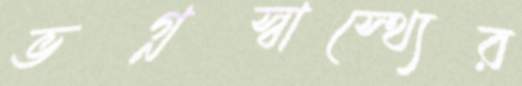
ভগ্নস্বাস্থ্যের